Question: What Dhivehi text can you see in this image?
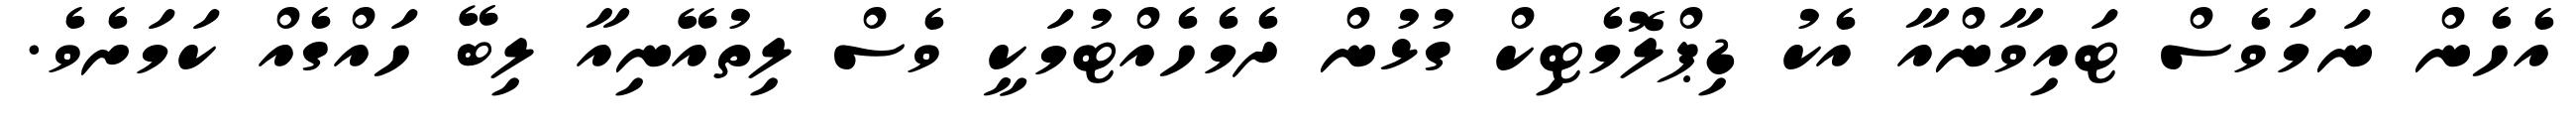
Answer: އެހެން ނަމަވެސް ޓައިވާންއާ އެކު ޑިޕްލޮމެޓިކް ގުޅުން ދެމެހެއްޓުމަކީ ވެސް ލިތުއޭނިއާ ލިބޭ ހައްގެއް ކަމަށެވެ.